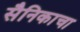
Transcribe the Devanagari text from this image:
सैनिकाचा